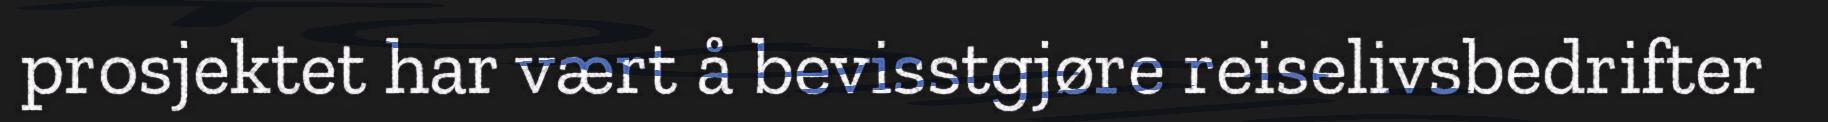
prosjektet har vært å bevisstgjøre reiselivsbedrifter